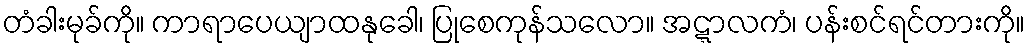
တံခါးမုခ်ကို။ ကာရာပေယျာထနုခေါ၊ ပြုစေကုန်သလော။ အဋ္ဋာလကံ၊ ပန်းစင်ရင်တားကို။